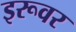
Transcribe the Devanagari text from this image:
इरूवर